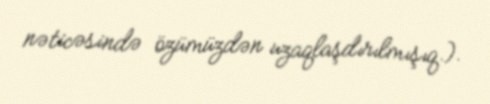
nəticəsində özümüzdən uzaqlaşdırılmışıq.).